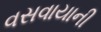
વસવાયાની